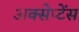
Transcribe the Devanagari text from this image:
अक्सेप्टेंस